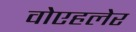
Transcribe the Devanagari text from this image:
वोएहलेर